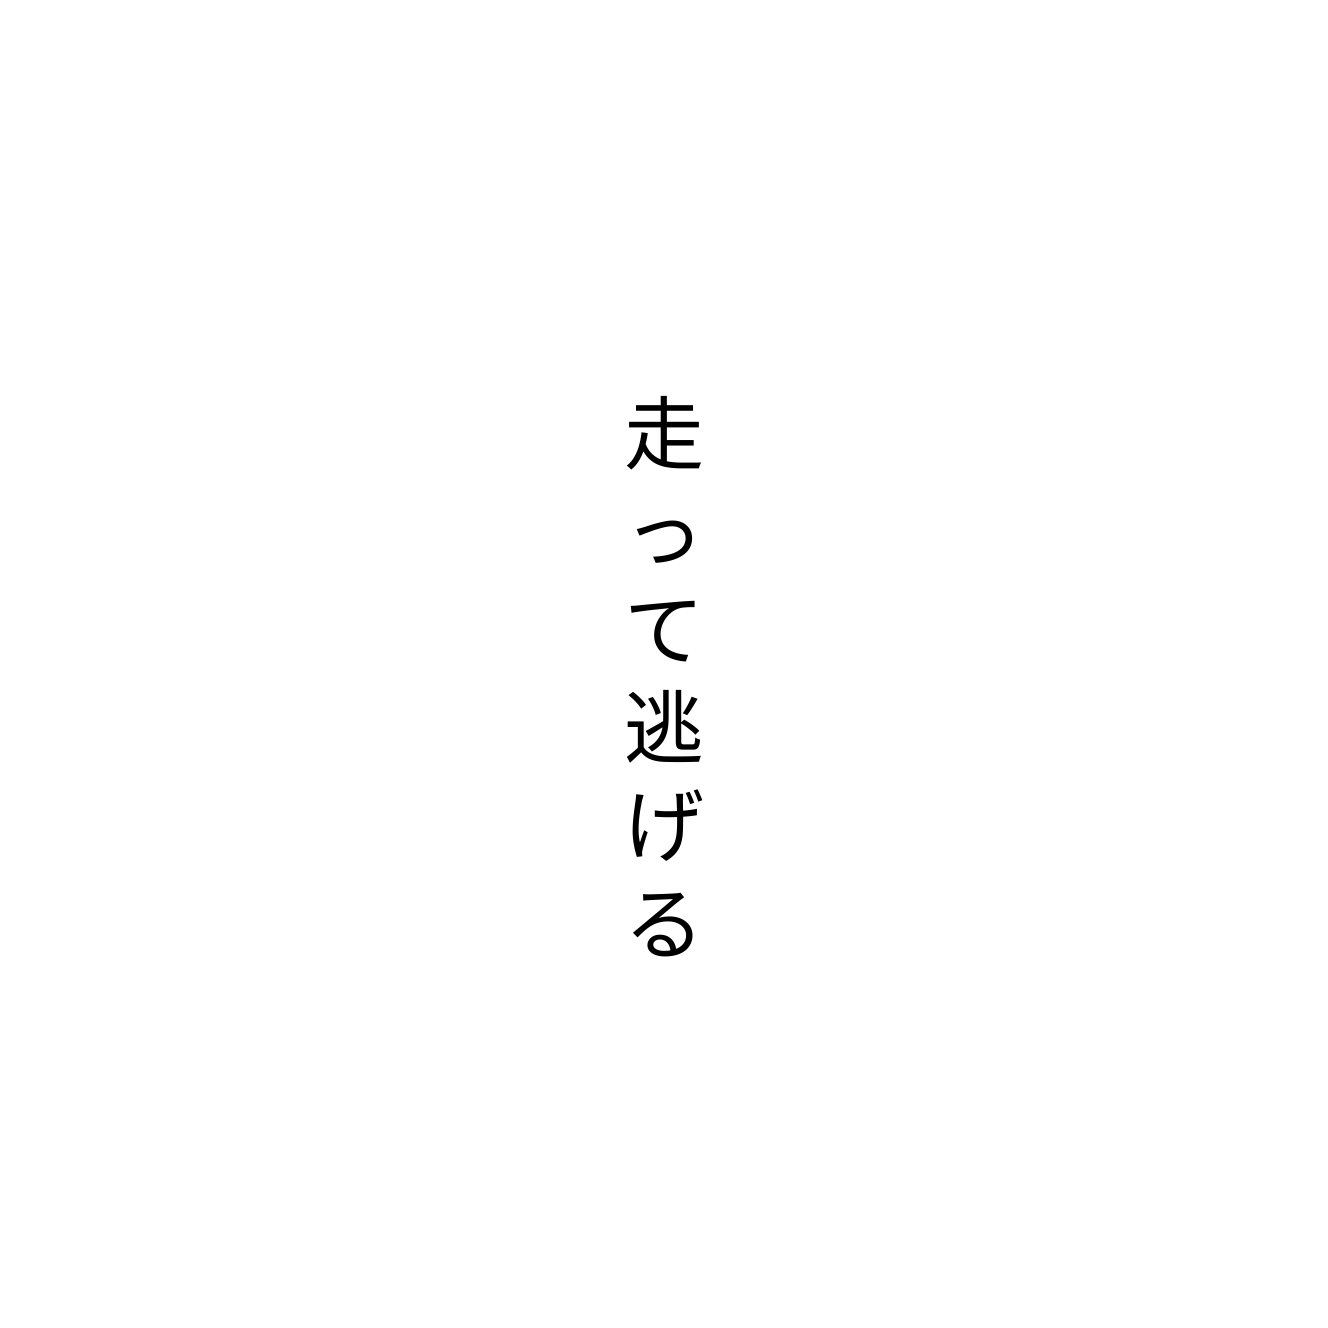
走って逃げる